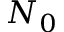
N _ { 0 }